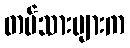
တပ်သားများက